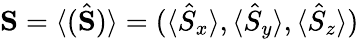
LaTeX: {\mathbf S}=\langle(\hat{\mathbf S})\rangle=(\langle\hat{S}_{x}\rangle,\langle\hat{S}_{y}\rangle,\langle\hat{S}_{z}\rangle)